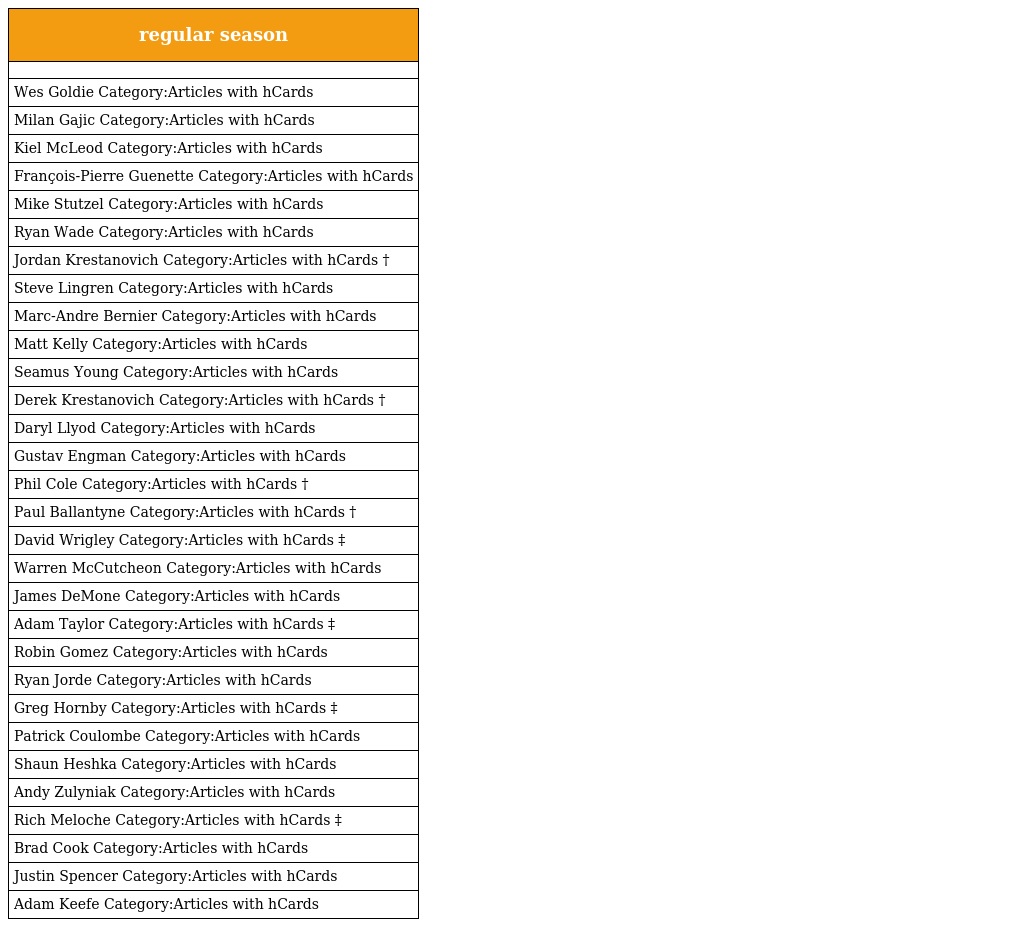
| regular season |
 | --- |
 |  |
 | Wes Goldie Category:Articles with hCards |
 | Milan Gajic Category:Articles with hCards |
 | Kiel McLeod Category:Articles with hCards |
 | François-Pierre Guenette Category:Articles with hCards |
 | Mike Stutzel Category:Articles with hCards |
 | Ryan Wade Category:Articles with hCards |
 | Jordan Krestanovich Category:Articles with hCards † |
 | Steve Lingren Category:Articles with hCards |
 | Marc-Andre Bernier Category:Articles with hCards |
 | Matt Kelly Category:Articles with hCards |
 | Seamus Young Category:Articles with hCards |
 | Derek Krestanovich Category:Articles with hCards † |
 | Daryl Llyod Category:Articles with hCards |
 | Gustav Engman Category:Articles with hCards |
 | Phil Cole Category:Articles with hCards † |
 | Paul Ballantyne Category:Articles with hCards † |
 | David Wrigley Category:Articles with hCards ‡ |
 | Warren McCutcheon Category:Articles with hCards |
 | James DeMone Category:Articles with hCards |
 | Adam Taylor Category:Articles with hCards ‡ |
 | Robin Gomez Category:Articles with hCards |
 | Ryan Jorde Category:Articles with hCards |
 | Greg Hornby Category:Articles with hCards ‡ |
 | Patrick Coulombe Category:Articles with hCards |
 | Shaun Heshka Category:Articles with hCards |
 | Andy Zulyniak Category:Articles with hCards |
 | Rich Meloche Category:Articles with hCards ‡ |
 | Brad Cook Category:Articles with hCards |
 | Justin Spencer Category:Articles with hCards |
 | Adam Keefe Category:Articles with hCards |